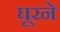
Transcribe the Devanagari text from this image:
घूरने